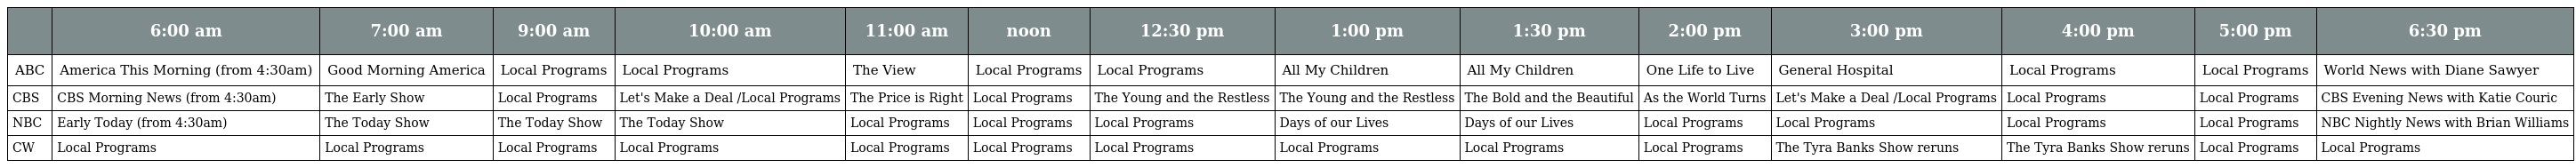
|  | 6:00 am | 7:00 am | 9:00 am | 10:00 am | 11:00 am | noon | 12:30 pm | 1:00 pm | 1:30 pm | 2:00 pm | 3:00 pm | 4:00 pm | 5:00 pm | 6:30 pm |
 | --- | --- | --- | --- | --- | --- | --- | --- | --- | --- | --- | --- | --- | --- | --- |
 | ABC | America This Morning (from 4:30am) | Good Morning America | Local Programs | Local Programs | The View | Local Programs | Local Programs | All My Children | All My Children | One Life to Live | General Hospital | Local Programs | Local Programs | World News with Diane Sawyer |
 | CBS | CBS Morning News (from 4:30am) | The Early Show | Local Programs | Let's Make a Deal /Local Programs | The Price is Right | Local Programs | The Young and the Restless | The Young and the Restless | The Bold and the Beautiful | As the World Turns | Let's Make a Deal /Local Programs | Local Programs | Local Programs | CBS Evening News with Katie Couric |
 | NBC | Early Today (from 4:30am) | The Today Show | The Today Show | The Today Show | Local Programs | Local Programs | Local Programs | Days of our Lives | Days of our Lives | Local Programs | Local Programs | Local Programs | Local Programs | NBC Nightly News with Brian Williams |
 | CW | Local Programs | Local Programs | Local Programs | Local Programs | Local Programs | Local Programs | Local Programs | Local Programs | Local Programs | Local Programs | The Tyra Banks Show reruns | The Tyra Banks Show reruns | Local Programs | Local Programs |